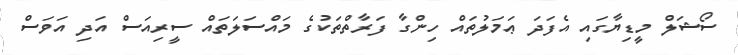
ސޯޝަލް މީޑިޔާގައި އެފަދަ ޢަމަލުތައް ހިންގާ ފަރާތްތަކުގެ މައްސަލަތައް ސީރިއަސް އަދި އަވަސް